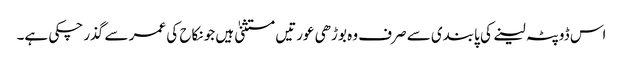
اس ڈوپٹہ لینے کی پابندی سے صرف وہ بوڑھی عورتیں مستثنیٰ ہیں جو نکاح کی عمر سے گذر چکی ہے۔